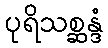
ပုရိသစ္ဆန္ဒံ